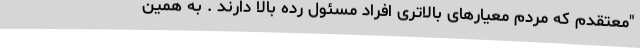
"معتقدم که مردم معیارهای بالاتری افراد مسئول رده بالا دارند . به همین